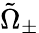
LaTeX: \tilde{\Omega}_{\pm}